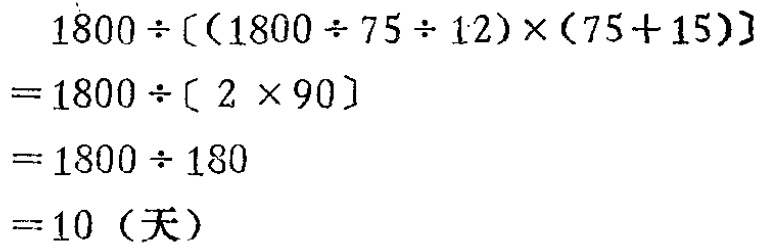
\[
\begin{align*}
&1800\div[(1800\div75\div12)\times(75 + 15)]\\
=&1800\div[2\times90]\\
=&1800\div180\\
=&10 \text{（天）}
\end{align*}
\]